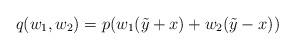
LaTeX: \begin{align*}q(w_1,w_2) = p(w_1 (\tilde{y} +x) + w_2(\tilde{y}-x))\end{align*}